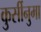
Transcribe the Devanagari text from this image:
कुर्सीनुमा